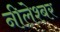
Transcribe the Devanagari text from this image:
नीलेश्बर